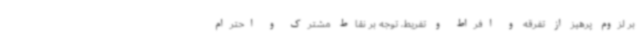
بر لزوم پرهیز از تفرقه و افراط و تفریط، توجه بر نقاط مشترک و احترام